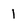
Character: 1